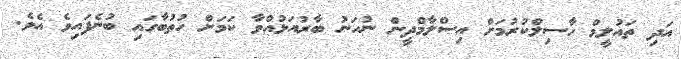
އަދި ތައުލީމް ހާސިލްކުރުމަށް އިސްލާމްދީން ނުހަނު ބާރުއަޅުއްވާ ކަމަށް ހުތުބާގައި ބުނެފައިވެ އެވެ.